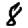
Digit: 8